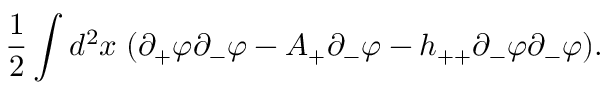
\frac { 1 } { 2 } \int d ^ { 2 } x \; ( \partial _ { + } \varphi \partial _ { - } \varphi - A _ { + } \partial _ { - } \varphi - h _ { + + } \partial _ { - } \varphi \partial _ { - } \varphi ) .